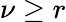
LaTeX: \nu\geq r